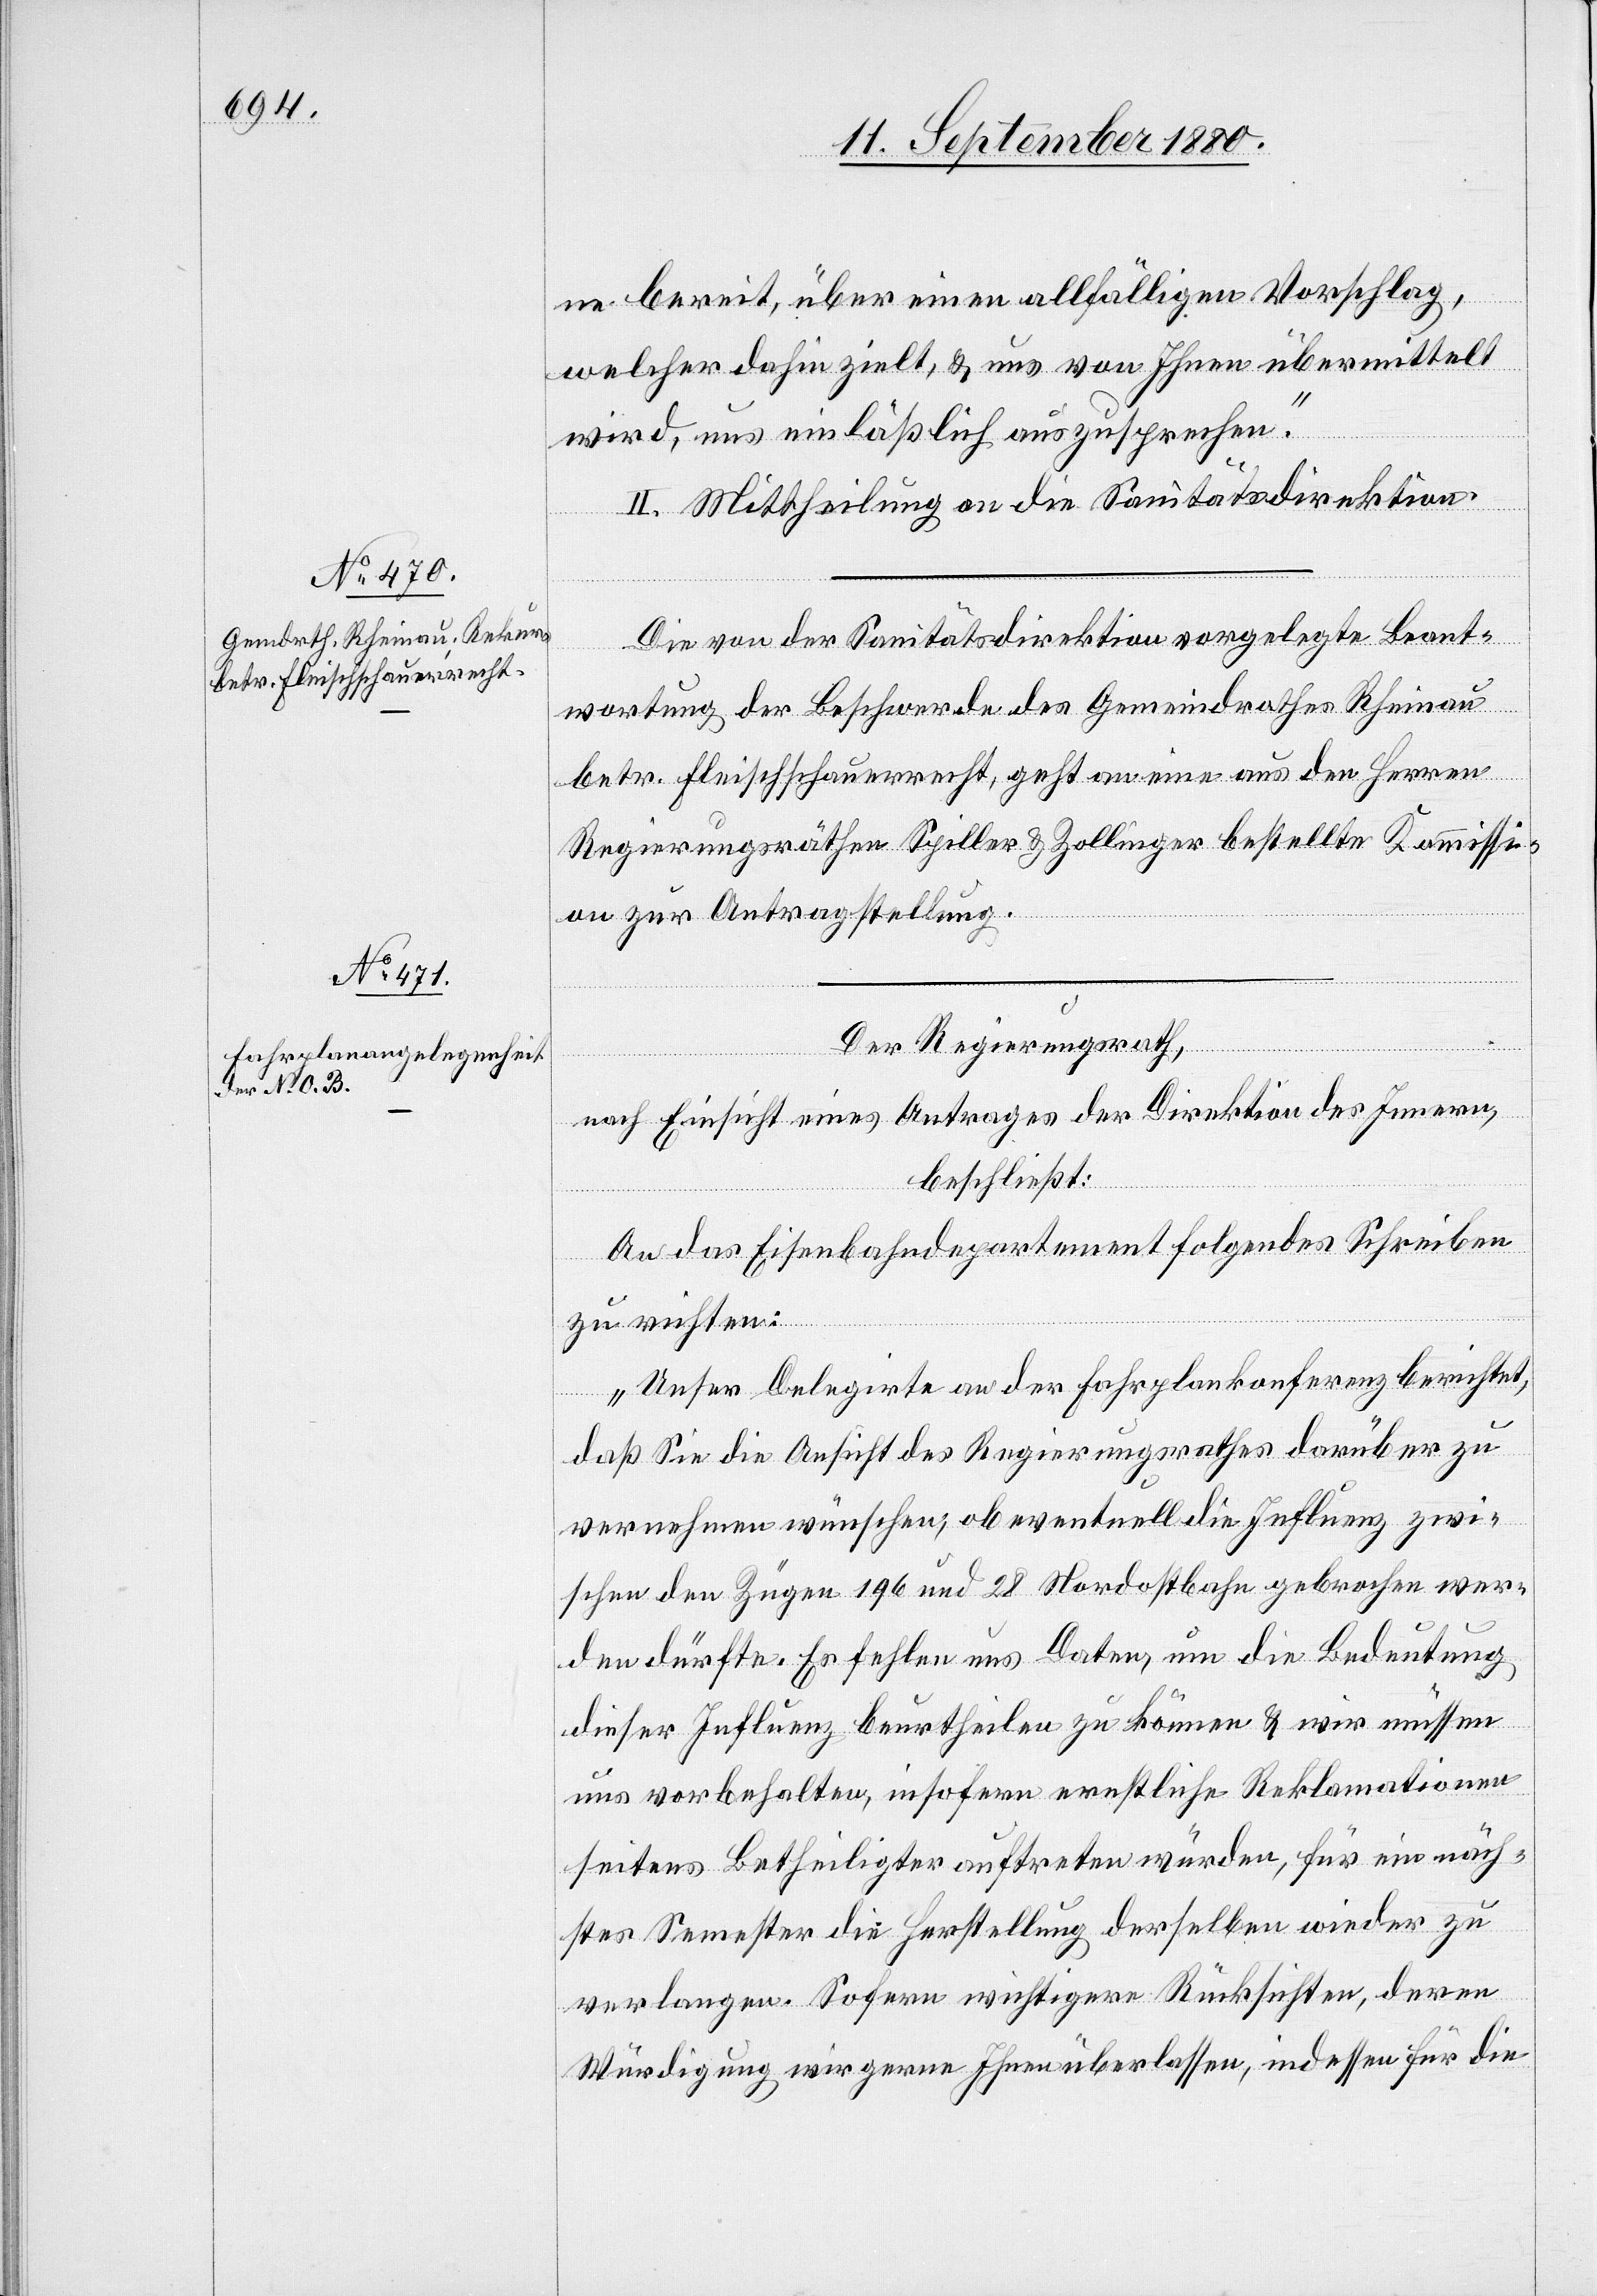
ne bereit, über einen allfälligen Vorschlag,
welcher dahin zielt, & uns von Ihnen übermittelt
wird, uns einläßlich auszusprechen.“
II. Mittheilung an die Sanitätsdirektion.
Die von der Sanitätsdirektion vorgelegte Beant¬
wortung der Beschwerde des Gemeindrathes Rheinau
betr. Fleischschauerrecht, geht an eine aus den Herren
Regierungsräthen Spiller & Zollinger bestellte Kommissi¬
on zur Antragstellung.
Der Regierungsrath,
nach Einsicht eines Antrages der Direktion des Innern,
beschließt:
An das Eisenbahndepartement folgendes Schreiben
zu richten:
„Unser Delegirte an der Fahrplankonferenz berichtet,
daß Sie die Ansicht des Regierungsrathes darüber zu
vernehmen wünschen; ob eventuell die Influenz zwi¬
schen den Zügen 196 und 28 Nordostbahn gebrochen wer¬
den dürfte. Es fehlen uns Daten, um die Bedeutung
dieser Influenz beurtheilen zu können & wir müssen
uns vorbehalten, insofern ernstliche Reklamationen
seitens Betheiligter auftreten würden, für ein näch¬
stes Semester die Herstellung derselben wieder zu
verlangen. Sofern wichtigere Rücksichten, deren
Würdigung wir gerne Ihnen überlassen, indessen für die